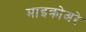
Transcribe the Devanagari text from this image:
माइक्रोअरे